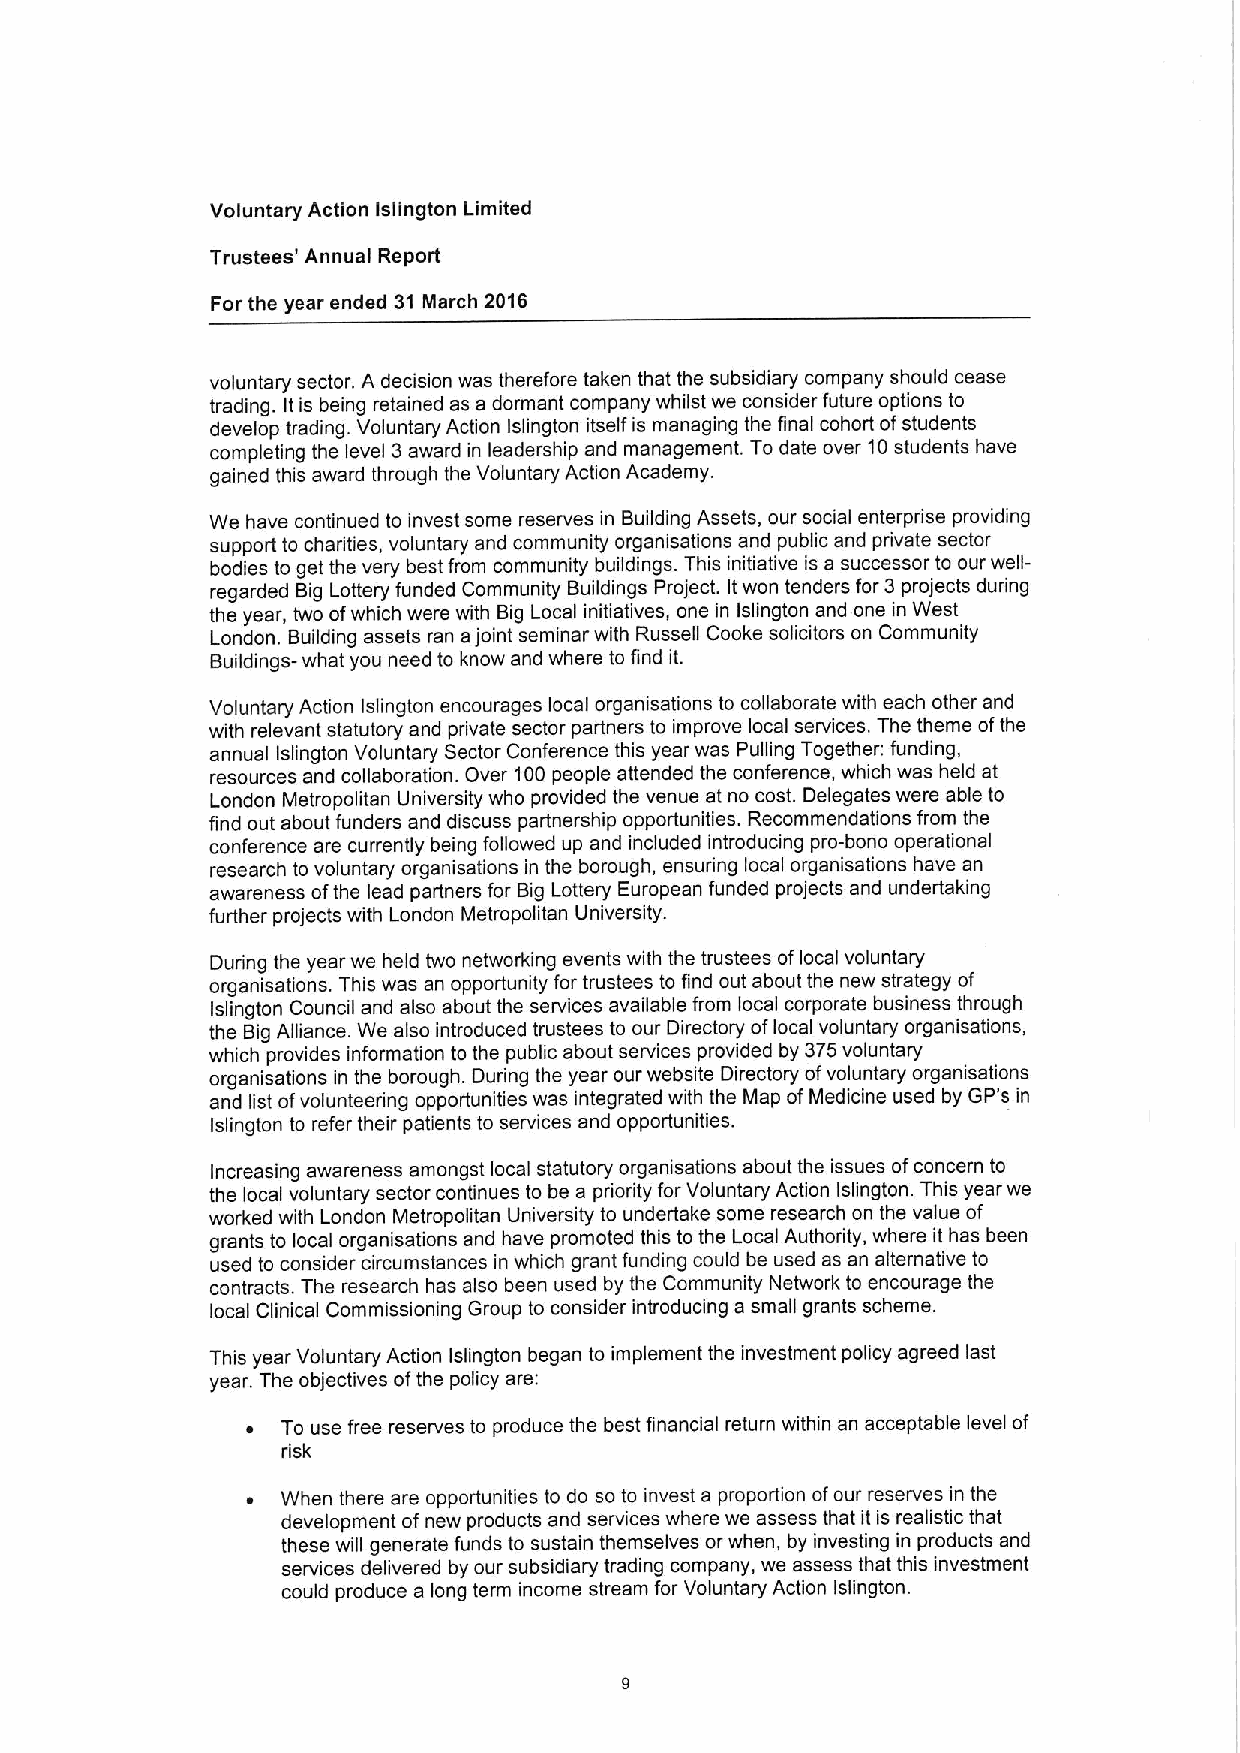
Voluntary Action Islington Limited
 Trustees' Annual Report
 For the year ended 31 March 2016
 voluntary sector. A decision was therefore taken that the subsidiary company should cease
 trading. Itis being retained as a dormant company whilst we consider future options to
 develop trading. Voluntary Action Islington itself is managing the final cohort ofstudents
 completing the level 3award in leadership and management. To date over 10students have
 gained this award through the Voluntary Action Academy.
 We have continued to invest some reserves in Building Assets, our social enterprise providing
 support to charities, voluntary and community organisations and public and private sector
 bodies to get the very best from community buildings. This initiative is a successor to our well-
 regarded Big Lottery funded Community Buildings Project. Itwon tenders for 3projects during
 the year, two ofwhich were with Big Local initiatives, one in Islington and one in West
 London. Building assets ran ajoint seminar with Russell Cooke solicitors on Community
 Buildings- what you need to know and where to find it.
 Voluntary Action Islington encourages local organisations to collaborate with each other and
 with relevant statutory and private sector partners to improve local services. The theme ofthe
 annual Islington Voluntary Sector Conference this year was Pulling Together: funding,
 resources and collaboration. Over 100people attended the conference, which was held at
 London Metropolitan University who provided the venue at no cost. Delegates were able to
 find out about funders and discuss partnership opportunities. Recommendations from the
 conference are currently being followed up and included introducing pro-bono operational
 research to voluntary organisations in the borough, ensuring local organisations have an
 awareness ofthe lead partners for Big Lottery European funded projects and undertaking
 further projects with London Metropolitan University.
 During the year we held two networking events with the trustees oflocal voluntary
 organisations. This was an opportunity for trustees to find out about the new strategy of
 Islington Council and also about the services available from local corporate business through
 the Big Alliance. We also introduced trustees to our Directory oflocal voluntary organisations,
 which provides information to the public about services provided by 375voluntary
 organisations in the borough. During the year our website Directory ofvoluntary organisations
 and list ofvolunteering opportunities was integrated with the Map ofMedicine used by GP's in
 Islington to refer their patients to services and opportunities.
 Increasing awareness amongst local statutory organisations about the issues ofconcern to
 the local voluntary sector continues to be a priority for Voluntary Action Islington. This year we
 worked with London Metropolitan University to undertake some research on the value of
 grants to local organisations and have promoted this to the Local Authority, where it has been
 used to consider circumstances in which grant funding could be used as an alternative to
 contracts. The research has also been used by the Community Network to encourage the
 local Clinical Commissioning Group to consider introducing a small grants scheme.
 This year Voluntary Action Islington began to implement the investment policy agreed last
 year. The objectives ofthe policy are:
 ~  To use free reserves to produce the best financial return within an acceptable level of
 risk
 ~  When there are opportunities to do so to invest a proportion ofour reserves in the
 development ofnew products and services where we assess that it is realistic that
 these will generate funds to sustain themselves or when, by investing in products and
 services delivered by our subsidiary trading company, we assess that this investment
 could produce a long term income stream for Voluntary Action Islington.